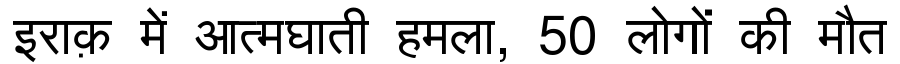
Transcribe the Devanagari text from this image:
इराक़ में आत्मघाती हमला, 50 लोगों की मौत